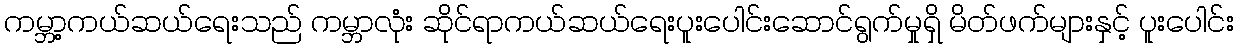
ကမ္ဘာ့ကယ်ဆယ်ရေးသည် ကမ္ဘာလုံး ဆိုင်ရာကယ်ဆယ်ရေးပူးပေါင်းဆောင်ရွက်မှုရှိ မိတ်ဖက်များနှင့် ပူးပေါင်း